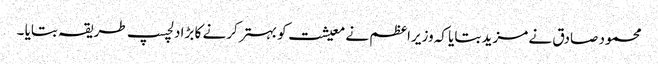
محمود صادق نے مزید بتایا کہ وزیراعظم نے معیشت کو بہتر کرنے کا بڑا دلچسپ طریقہ بتایا ۔